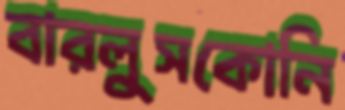
বারলুসকোনি